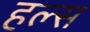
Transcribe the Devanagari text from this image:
हल्स